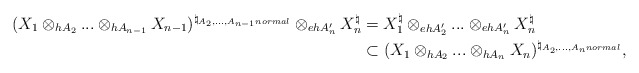
\begin{align*}(X_1\otimes_{h A_2}...\otimes_{hA_{n-1}}X_{n-1})^{\natural_{A_2,...,A_{n-1} normal}}\otimes_{eh A_n'}X_n^\natural&=X_1^\natural\otimes_{eh A_2'}...\otimes_{eh A_n'}X_n^\natural\\&\subset(X_1\otimes_{h A_2}...\otimes_{hA_n}X_n)^{\natural_{A_2,...,A_n normal}},\end{align*}